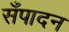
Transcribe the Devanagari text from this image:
सँपादन